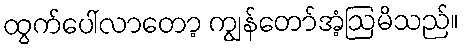
ထွက်ပေါ်လာတော့ ကျွန်တော်အံ့ဩမိသည်။